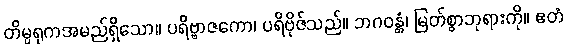
တိမ္ပရုကအမည်ရှိသော။ ပရိဗ္ဗာဇကော၊ ပရိဗိုဇ်သည်။ ဘဂဝန္တံ၊ မြတ်စွာဘုရားကို။ ဧတံ